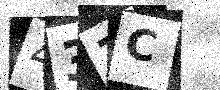
Text: 437C